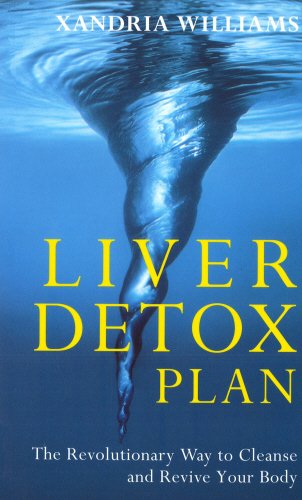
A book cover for The Liver Detox Plan: The Revolutionary Way to Cleanse and Revive Your Body; XANDRIA WILLIAMS; Parenting & Relationships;